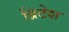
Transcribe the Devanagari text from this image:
ब्रिटेश